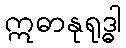
ဣဓာနုရုဒ္ဓါ